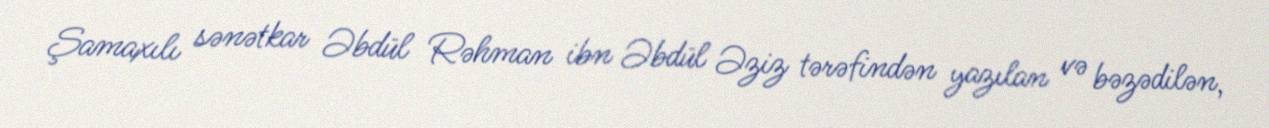
Şamaxılı sənətkar Əbdül Rəhman ibn Əbdül Əziz tərəfindən yazılan və bəzədilən,